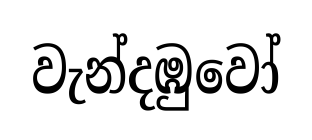
වැන්දඹුවෝ